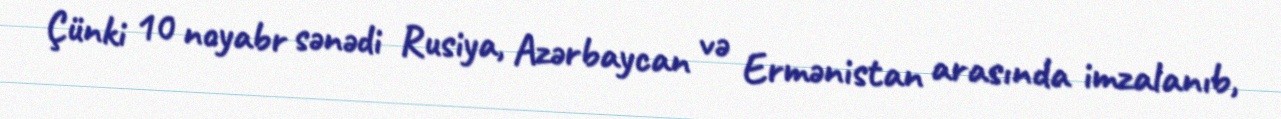
Çünki 10 noyabr sənədi Rusiya, Azərbaycan və Ermənistan arasında imzalanıb,